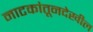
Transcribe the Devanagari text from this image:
नाटकांतूनदेखील